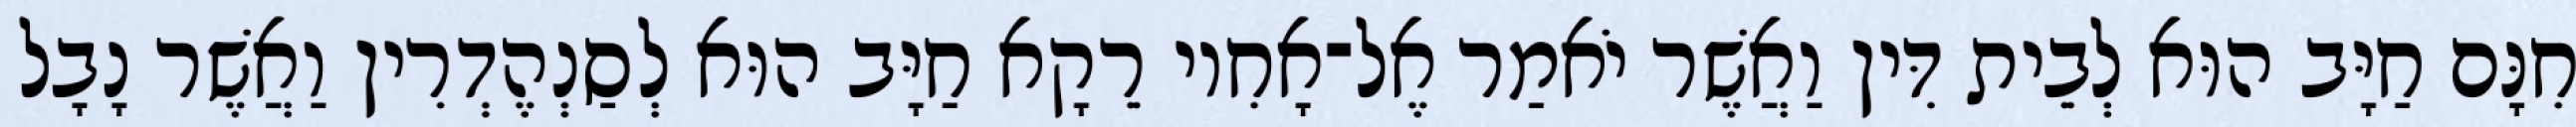
חִנָּם חַיָּב הוּא לְבֵית דִּין וַאֲשֶׁר יֹאמַר אֶל־אָחִיו רֵקָא חַיָּב הוּא לְסַנְהֶדְרִין וַאֲשֶׁר נָבָל